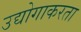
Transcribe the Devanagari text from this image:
उद्योगाकरता